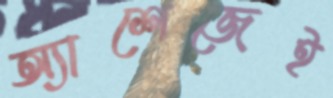
অ্যাশেজেই